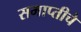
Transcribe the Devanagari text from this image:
समाप्तीचे